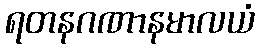
ရတနဂဏာနမာလယံ